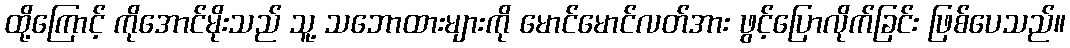
ထို့ကြောင့် ကိုအောင်မိုးသည် သူ့ သဘောထားများကို မောင်မောင်လတ်အား ဖွင့်ပြောလိုက်ခြင်း ဖြစ်ပေသည်။